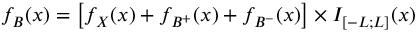
f _ { B } ( x ) = \left[ f _ { X } ( x ) + f _ { B ^ { + } } ( x ) + f _ { B ^ { - } } ( x ) \right] \times I _ { [ - L ; L ] } ( x )